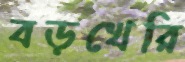
বড়খেরি